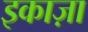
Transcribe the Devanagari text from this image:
इकाज़ा